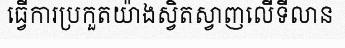
ធ្វើការប្រកួតយ៉ាងស្វិតស្វាញលើទីលាន